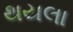
થયલા